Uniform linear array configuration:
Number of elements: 16
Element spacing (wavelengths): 0.25
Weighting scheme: hann
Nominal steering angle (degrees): -60
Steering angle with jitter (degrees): -61.639
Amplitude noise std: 0.05
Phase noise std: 0.05

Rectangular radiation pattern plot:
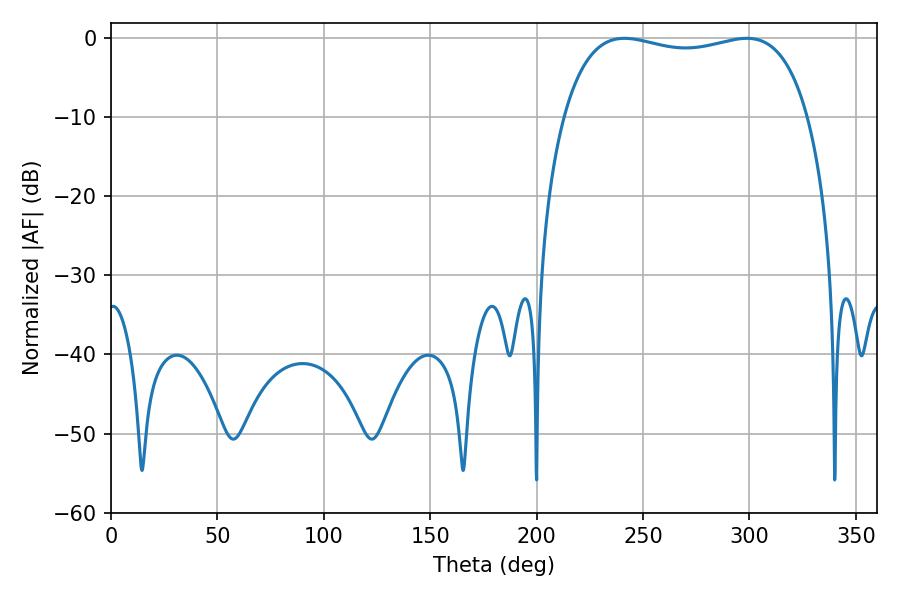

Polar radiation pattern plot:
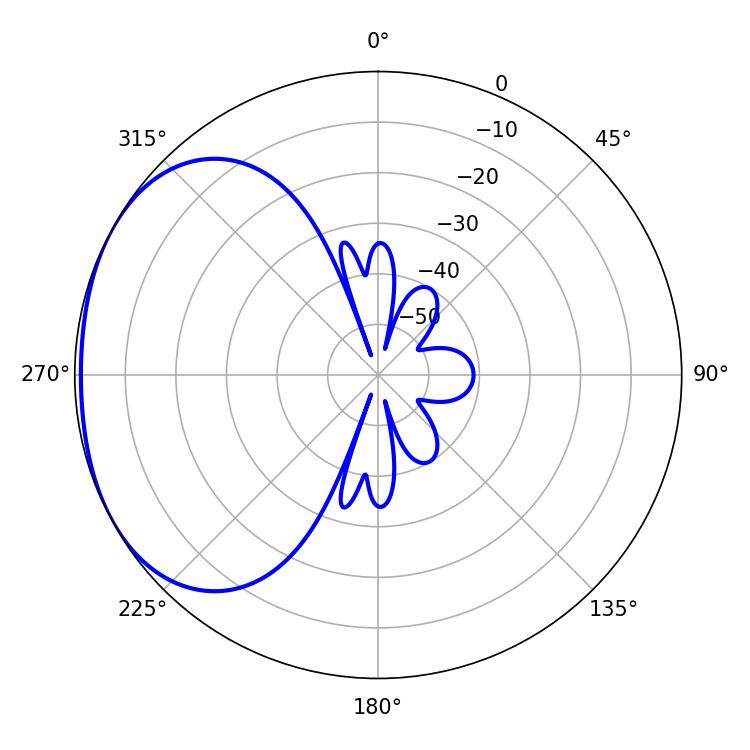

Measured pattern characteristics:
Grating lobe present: FALSE
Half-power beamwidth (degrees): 93.24
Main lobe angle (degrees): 241.2